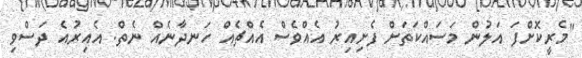
"މެރީކޮށްފަ އަލުން މަސައްކަތަށް ފެށިއިރު އެއްވެސް އެއްޗެއް ހަނދާނެއް ނެތް. އެއިރުއެ ދަސްވި